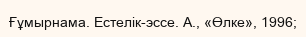
Ғұмырнама. Естелік-эссе. А., «Өлке», 1996;